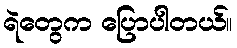
ရဲတွေက ပြောပါတယ်။